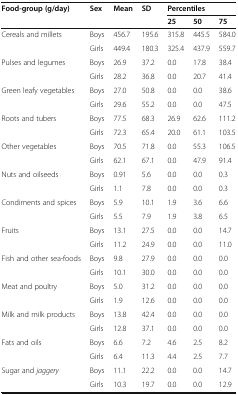
<table><thead><tr><td rowspan="2"><b>Food-group (g/day)</b></td><td rowspan="2"><b>Sex</b></td><td rowspan="2"><b>Mean</b></td><td rowspan="2"><b>SD</b></td><td colspan="3"><b>Percentiles</b></td></tr><tr><td><b>25</b></td><td><b>50</b></td><td><b>75</b></td></tr></thead><tbody><tr><td>Cereals and millets</td><td>Boys</td><td>456.7</td><td>195.6</td><td>315.8</td><td>445.5</td><td>584.0</td></tr><tr><td></td><td>Girls</td><td>449.4</td><td>180.3</td><td>325.4</td><td>437.9</td><td>559.7</td></tr><tr><td>Pulses and legumes</td><td>Boys</td><td>26.9</td><td>37.2</td><td>0.0</td><td>17.8</td><td>38.4</td></tr><tr><td></td><td>Girls</td><td>28.2</td><td>36.8</td><td>0.0</td><td>20.7</td><td>41.4</td></tr><tr><td>Green leafy vegetables</td><td>Boys</td><td>27.0</td><td>50.8</td><td>0.0</td><td>0.0</td><td>38.6</td></tr><tr><td></td><td>Girls</td><td>29.6</td><td>55.2</td><td>0.0</td><td>0.0</td><td>47.5</td></tr><tr><td>Roots and tubers</td><td>Boys</td><td>77.5</td><td>68.3</td><td>26.9</td><td>62.6</td><td>111.2</td></tr><tr><td></td><td>Girls</td><td>72.3</td><td>65.4</td><td>20.0</td><td>61.1</td><td>103.5</td></tr><tr><td>Other vegetables</td><td>Boys</td><td>70.5</td><td>71.8</td><td>0.0</td><td>55.3</td><td>106.5</td></tr><tr><td></td><td>Girls</td><td>62.1</td><td>67.1</td><td>0.0</td><td>47.9</td><td>91.4</td></tr><tr><td>Nuts and oilseeds</td><td>Boys</td><td>0.91</td><td>5.6</td><td>0.0</td><td>0.0</td><td>0.3</td></tr><tr><td></td><td>Girls</td><td>1.1</td><td>7.8</td><td>0.0</td><td>0.0</td><td>0.3</td></tr><tr><td rowspan="2">Condiments and spices</td><td>Boys</td><td>5.9</td><td>10.1</td><td>1.9</td><td>3.6</td><td>6.6</td></tr><tr><td>Girls</td><td>5.5</td><td>7.9</td><td>1.9</td><td>3.8</td><td>6.5</td></tr><tr><td>Fruits</td><td>Boys</td><td>13.1</td><td>27.5</td><td>0.0</td><td>0.0</td><td>14.7</td></tr><tr><td></td><td>Girls</td><td>11.2</td><td>24.9</td><td>0.0</td><td>0.0</td><td>11.0</td></tr><tr><td>Fish and other sea-foods</td><td>Boys</td><td>9.8</td><td>27.9</td><td>0.0</td><td>0.0</td><td>0.0</td></tr><tr><td></td><td>Girls</td><td>10.1</td><td>30.0</td><td>0.0</td><td>0.0</td><td>0.0</td></tr><tr><td>Meat and poultry</td><td>Boys</td><td>5.0</td><td>31.2</td><td>0.0</td><td>0.0</td><td>0.0</td></tr><tr><td></td><td>Girls</td><td>1.9</td><td>12.6</td><td>0.0</td><td>0.0</td><td>0.0</td></tr><tr><td>Milk and milk products</td><td>Boys</td><td>13.8</td><td>42.4</td><td>0.0</td><td>0.0</td><td>0.0</td></tr><tr><td></td><td>Girls</td><td>12.8</td><td>37.1</td><td>0.0</td><td>0.0</td><td>0.0</td></tr><tr><td>Fats and oils</td><td>Boys</td><td>6.6</td><td>7.2</td><td>4.6</td><td>2.5</td><td>8.2</td></tr><tr><td></td><td>Girls</td><td>6.4</td><td>11.3</td><td>4.4</td><td>2.5</td><td>7.7</td></tr><tr><td>Sugar and <i>jaggery</i></td><td>Boys</td><td>11.1</td><td>22.2</td><td>0.0</td><td>0.0</td><td>14.7</td></tr><tr><td></td><td>Girls</td><td>10.3</td><td>19.7</td><td>0.0</td><td>0.0</td><td>12.9</td></tr></tbody></table>